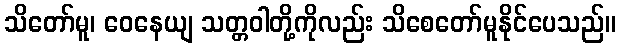
သိတော်မူ၊ ဝေနေယျ သတ္တဝါတို့ကိုလည်း သိစေတော်မူနိုင်ပေသည်။